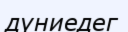
дүниедег